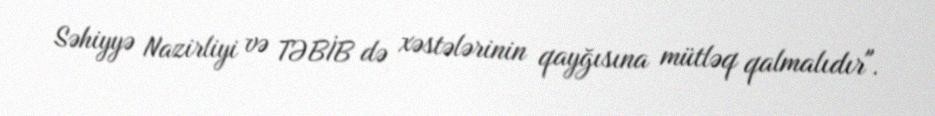
Səhiyyə Nazirliyi və TƏBİB də xəstələrinin qayğısına mütləq qalmalıdır".